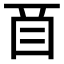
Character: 𬻕